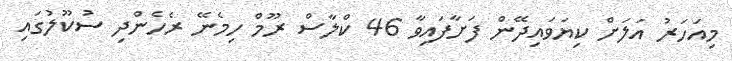
މިއަހަރު އަލަށް ކިޔަވައިދޭން ފަށާފައިވާ 46 ކްލާސް ރޫމް ހިމެނޭ ރެހެންދި ސުކޫލުގައި